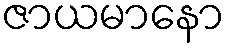
ဇာယမာနော